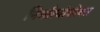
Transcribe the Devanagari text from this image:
निर्मात्यांसोबत